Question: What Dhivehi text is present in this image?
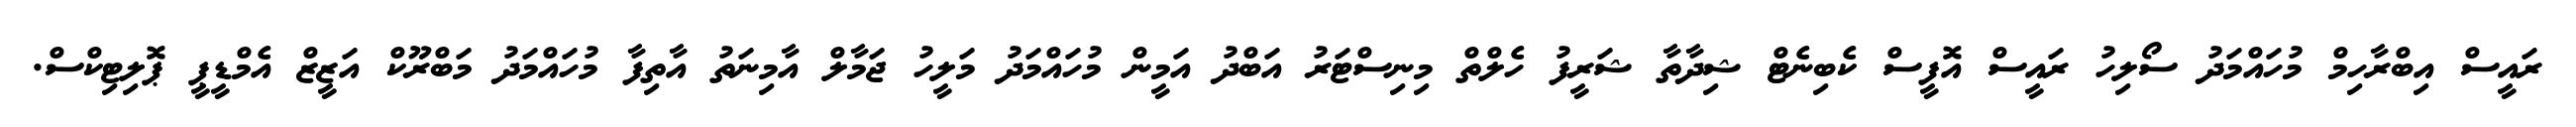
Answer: ރައީސް އިބްރާހިމް މުހައްމަދު ސޯލިހު ރައީސް އޮފީސް ކެބިނެޓް ޝިދާތާ ޝަރީފު ހެލްތް މިނިސްޓަރު އަބްދު އަމީން މުހައްމަދު މަލީހު ޖަމާލް އާމިނަތު އާތިފާ މުހައްމަދު މަބްރޫކް އަޒީޒް އެމްޑީޕީ ޕޮލިޓިކްސް.